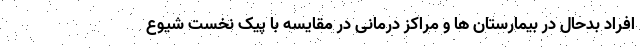
افراد بدحال در بیمارستان ها و مراکز درمانی در مقایسه با پیک نخست شیوع